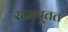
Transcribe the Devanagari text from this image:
राजपूतत